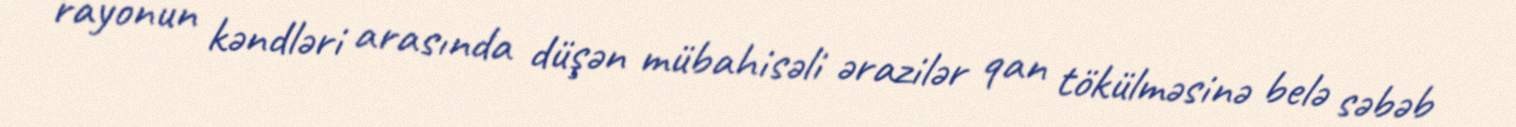
rayonun kəndləri arasında düşən mübahisəli ərazilər qan tökülməsinə belə səbəb